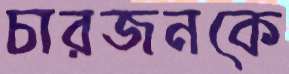
চারজনকে